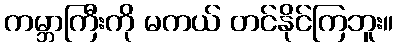
ကမ္ဘာကြီးကို မကယ် တင်နိုင်ကြဘူး။